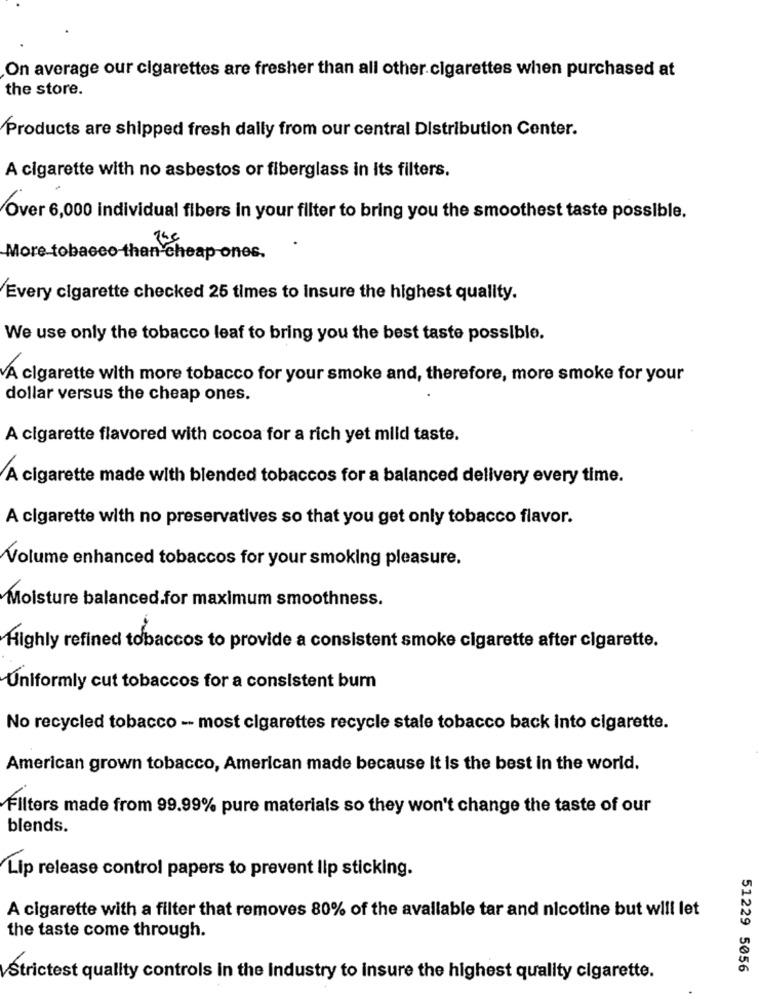
On average our cigarettes are fresher than all other cigarettes when purchased at
the store.
Products are shipped fresh daily from our central Distribution Center.
A cigarette with no asbestos or fiberglass in its filters.
Over 6,000 individual fibers in your filter to bring you the smoothest taste possible.
More tobacco-than-cheap ones.
Every cigarette checked 25 times to Insure the highest quality.
We use only the tobacco leaf to bring you the best taste possible.
VA cigarette with more tobacco for your smoke and, therefore, more smoke for your
dollar versus the cheap ones.
A cigarette flavored with cocoa for a rich yet mild taste.
A cigarette made with blended tobaccos for a balanced delivery every time.
A cigarette with no preservatives so that you get only tobacco flavor.
Volume enhanced tobaccos for your smoking pleasure.
Moisture balanced.for maximum smoothness.
Highly refined tobaccos to provide a consistent smoke cigarette after cigarette.
Uniformly cut tobaccos for a consistent bum
No recycled tobacco -- most cigarettes recycle stale tobacco back into cigarette.
American grown tobacco, American made because It is the best in the world.
Filters made from 99.99% pure materials so they won't change the taste of our
blends.
Lip release control papers to prevent lip sticking.
A cigarette with a filter that removes 80% of the available tar and nicotine but will let
the taste come through.
51229 5056
Strictest quality controls in the Industry to insure the highest quality cigarette.